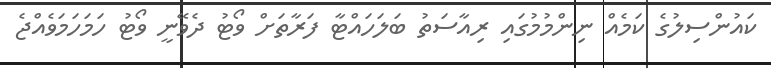
ކައުންސިލުގެ ކަމެއް ނިންމުމުގައި ރިއާސަތު ބަލަހައްޓާ ފަރާތަށް ވޯޓު ދެވޭނީ ވޯޓު ހަމަހަމަވެއްޖެ